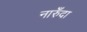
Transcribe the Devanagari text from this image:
नारुँदा